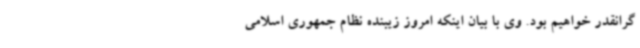
گرانقدر خواهیم بود. وی با بیان اینکه امروز زیبنده نظام جمهوری اسلامی